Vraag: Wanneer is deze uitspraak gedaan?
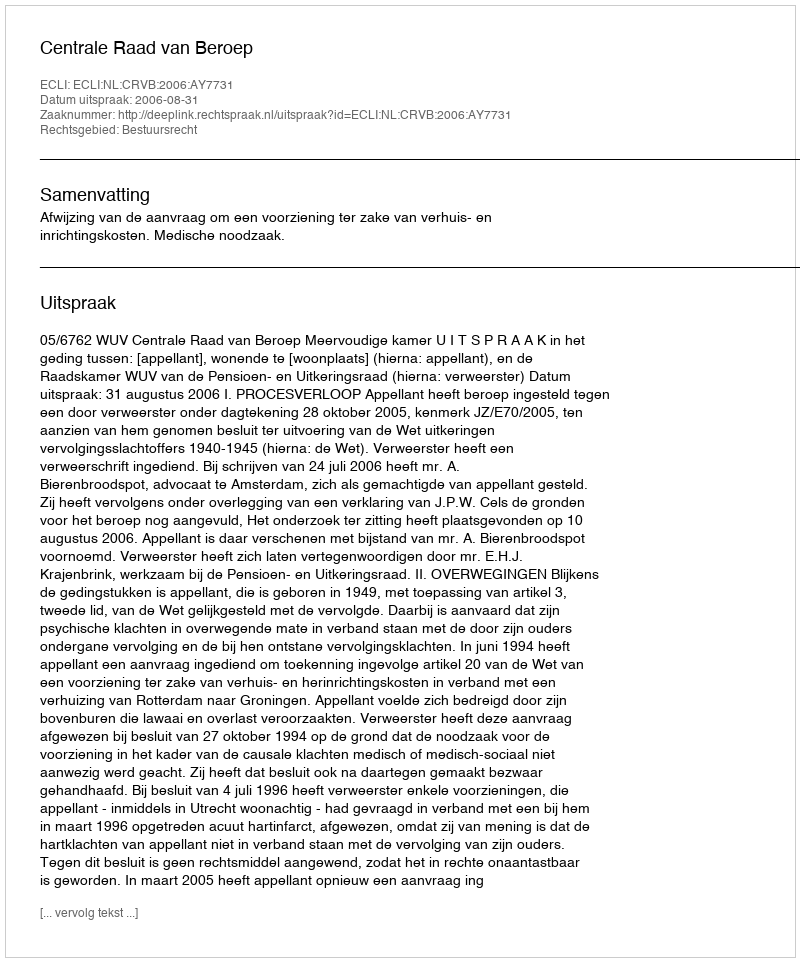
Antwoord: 2006-08-31